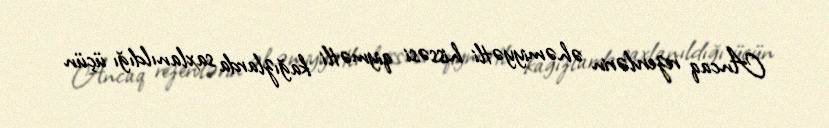
Ancaq rezervlərin əhəmiyyətli hissəsi qiymətli kağızlarda saxlanıldığı üçün